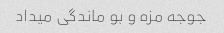
جوجه مزه و بو ماندگی میداد